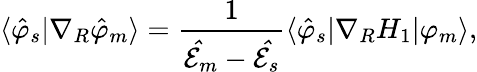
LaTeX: \langle\hat{\varphi}_{s}|\nabla_{R}\hat{\varphi}_{m}\rangle=\frac 1{{\cal\hat{E}}_{m}-{\cal\hat{E}}_{s}}\langle\hat{\varphi}_{s}|\nabla_{R}H_{1}|\varphi_{m}\rangle,